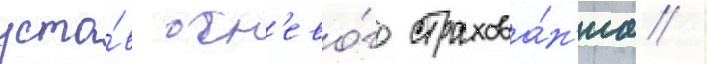
уста́в огн'ево́го страхова́н'иа /